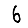
Digit: 6